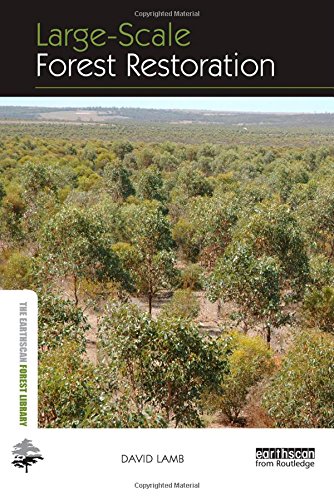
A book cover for Large-scale Forest Restoration (The Earthscan Forest Library); David Lamb; Science & Math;